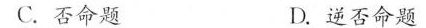
C.否命题 D.逆否命题